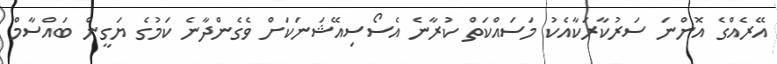
އޭރެއްގެ އޮންނަ ސަރުކާރަކާއެކު މަސައްކަތް ކުރާނެ އެސޯސިއޭޝަނަކަށް ވެގެންދާނެ ކަމުގެ ޔަގީން ބައްސާމް